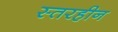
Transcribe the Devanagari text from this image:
स्तरहीन